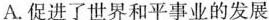
A.促进了世界和平事业的发展